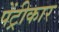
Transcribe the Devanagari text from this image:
पेंट्रीकार